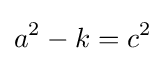
a^{2}-k=c^{2}